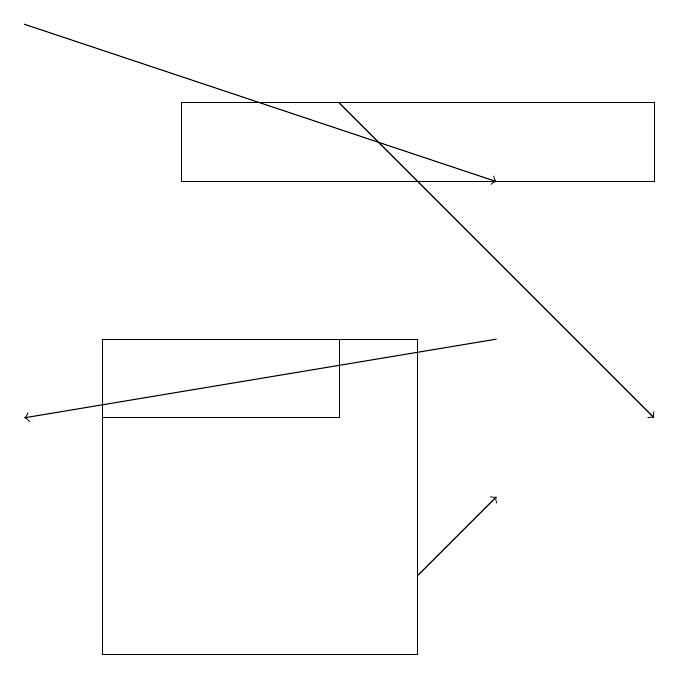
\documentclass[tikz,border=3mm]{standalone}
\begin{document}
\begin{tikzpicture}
\draw (2,15) rectangle (5,14);
\draw[->] (1,19) -- (7,17);
\draw[->] (6,12) -- (7,13);
\draw (6,11) rectangle (2,15);
\draw (9,17) rectangle (3,18);
\draw[->] (5,18) -- (9,14);
\draw[->] (7,15) -- (1,14);
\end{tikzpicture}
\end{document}